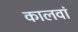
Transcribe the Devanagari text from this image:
कालवां